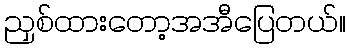
ညှစ်ထားတော့အအီပြေတယ်။